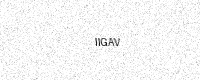
Text: IIGAV